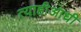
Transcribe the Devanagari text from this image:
त्याहीआधी